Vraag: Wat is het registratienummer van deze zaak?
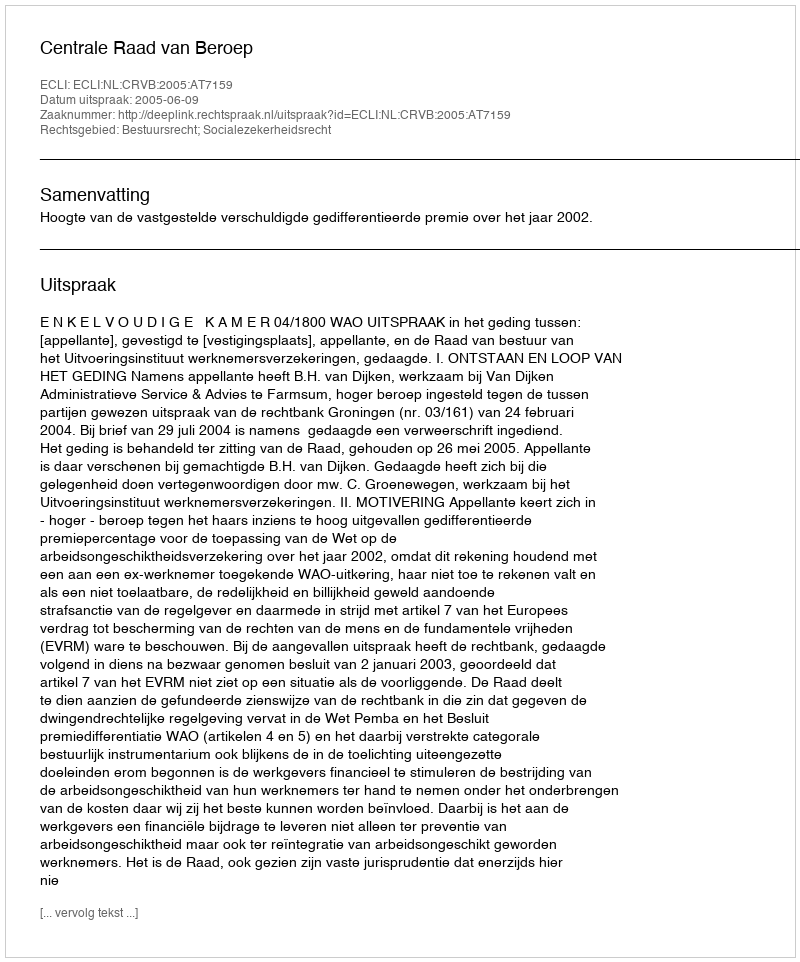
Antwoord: http://deeplink.rechtspraak.nl/uitspraak?id=ECLI:NL:CRVB:2005:AT7159